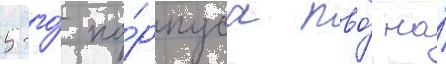
5-го́ ко́рпуса пво́ на́